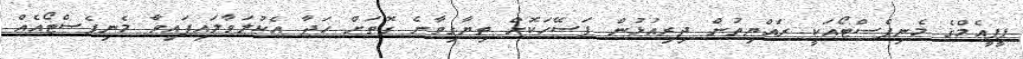
ޕީޕީއެމްގެ މެނިފެސްޓޯއަކީ ރައްޔިތުން ދިރިއުޅުން ފަސޭހަކޮށް ތިޔާގިވާނެ ގޮތަށް ހަދާ އެކުލަވާލައިފައިވާ މެނިފެސްޓޯއެއް